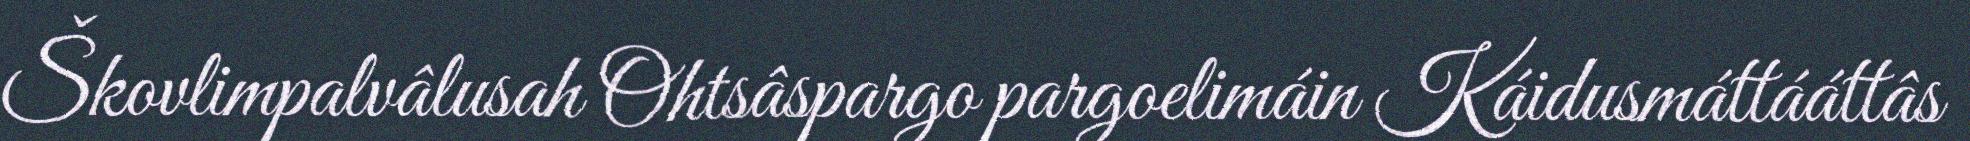
Škovlimpalvâlusah Ohtsâspargo pargoelimáin Káidusmáttááttâs